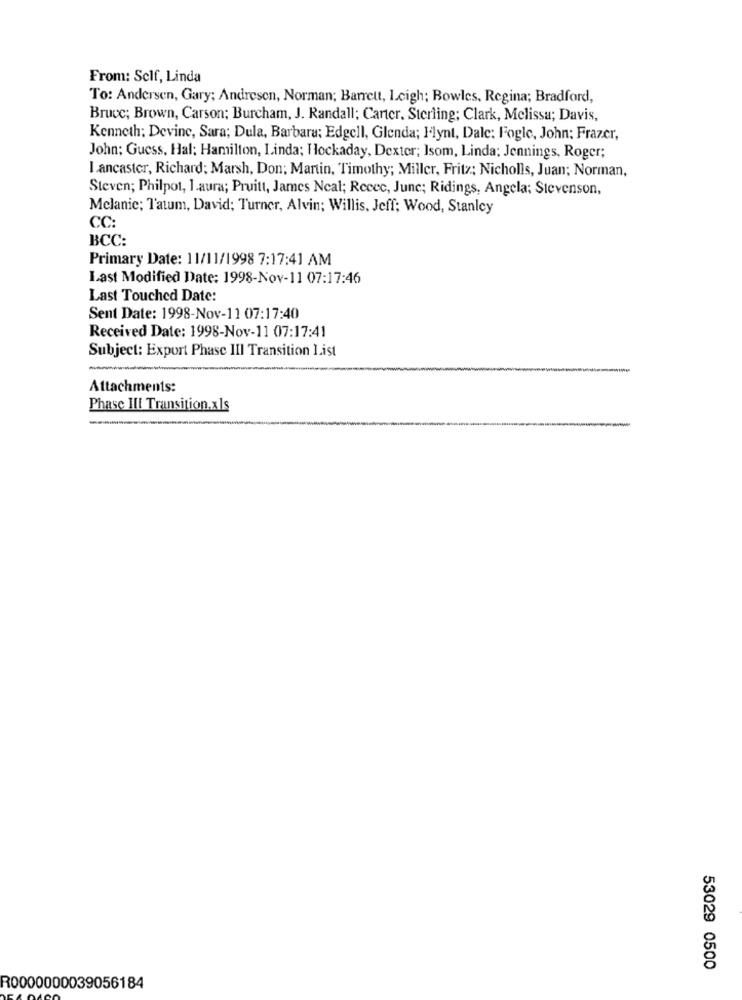
From: Self, Linda
To: Andersen, Gary; Andresen, Norman; Barrett, Leigh; Bowles, Regina; Bradford,
Bruce; Brown, Carson; Burcham, J. Randall; Carter, Sterling; Clark, Melissa; Davis,
Kenneth: Devine, Sara; Dula, Barbara: Edgell, Glenda; Ilynt, Dale: Fogle, John: Frazer,
John; Guess, Hal; Hamilton, Linda; Hockaday, Dexter; Isom, Linda; Jennings, Roger;
Lancaster, Richard: Marsh, Don; Martin, Timothy; Miller, Fritz; Nicholls, Juan; Norman,
Steven; Philpot, 1.aura; Pruitt, James Neal; Recec, June; Ridings, Angela; Stevenson,
Melanie; Tatum, David; Turner, Alvin; Willis, Jeff; Wood, Stanley
CC:
BCC:
Primary Date: 11/11/1998 7:17:41 AM
Last Modified Date: 1998-Nov-11 07:17:46
Last Touched Date:
Sent Date: 1998-Nov-11 07:17:40
Received Date: 1998-Nov-11 07:17:41
Subject: Export Phase III Transition 1.ist
Attachments:
Phase III Transition.xls
53029 0500
R0000000039056184